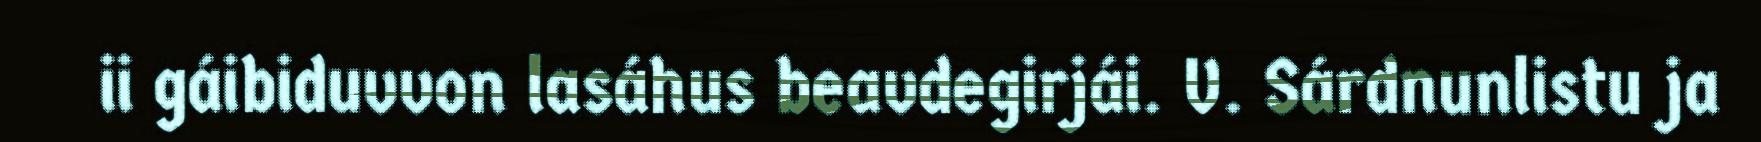
ii gáibiduvvon lasáhus beavdegirjái. V. Sárdnunlistu ja